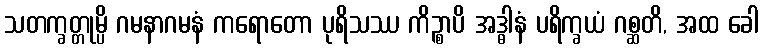
သတက္ခတ္တုမ္ပိ ဂမနာဂမနံ ကရောတော ပုရိသဿ ကိဉ္စာပိ အဒ္ဓါနံ ပရိက္ခယံ ဂစ္ဆတိ, အထ ခေါ